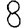
Digit: 8